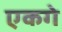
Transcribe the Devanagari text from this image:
एकगे